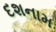
દશનામ